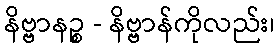
နိဗ္ဗာနဉ္စ - နိဗ္ဗာန်ကိုလည်း၊